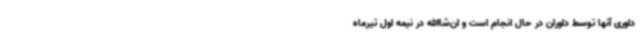
داوری آنها توسط داوران در حال انجام است و ان‌شاالله در نیمه اول تیرماه